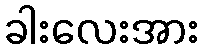
ခါးလေးအား